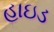
હાઇડ